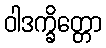
ဝါဒက္ခိတ္တော